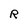
Character: R